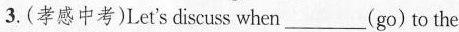
3.(孝感中考)Let's discuss when___(go) to the